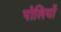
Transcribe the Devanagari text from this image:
पोलियों